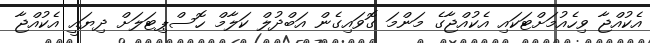
އެކުއްޖާ ވިހެއުމަށްޓަކައި އެކުއްޖާގެ މަންމަ ގޮވައިގެން އަބްދުލް ކަލާމް ހޮސްޕިޓަލަށް ދިޔައީ އެކުއްޖާ